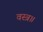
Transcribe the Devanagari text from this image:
वस्त्र॥